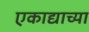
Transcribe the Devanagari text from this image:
एकाद्याच्या